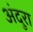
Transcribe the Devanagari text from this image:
अंदुरा